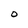
Character: O